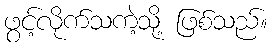
ဖွင့်လိုက်သကဲ့သို့ ဖြစ်သည်။